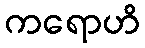
ကရောဟိ